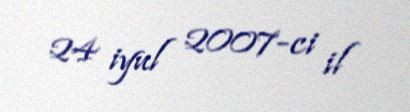
24 iyul 2007-ci il